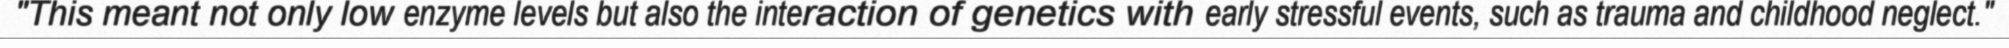
"This meant not only low enzyme levels but also the interaction of genetics with early stressful events, such as trauma and childhood neglect."